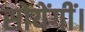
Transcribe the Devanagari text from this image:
सोयेंगीं।